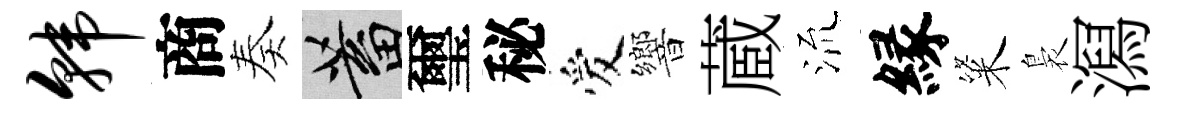
韩商奏蓄璽秘爱響蔵𣴑縁粢裊㵼